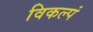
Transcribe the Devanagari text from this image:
विकल्पं